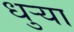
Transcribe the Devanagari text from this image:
धुर्‍या